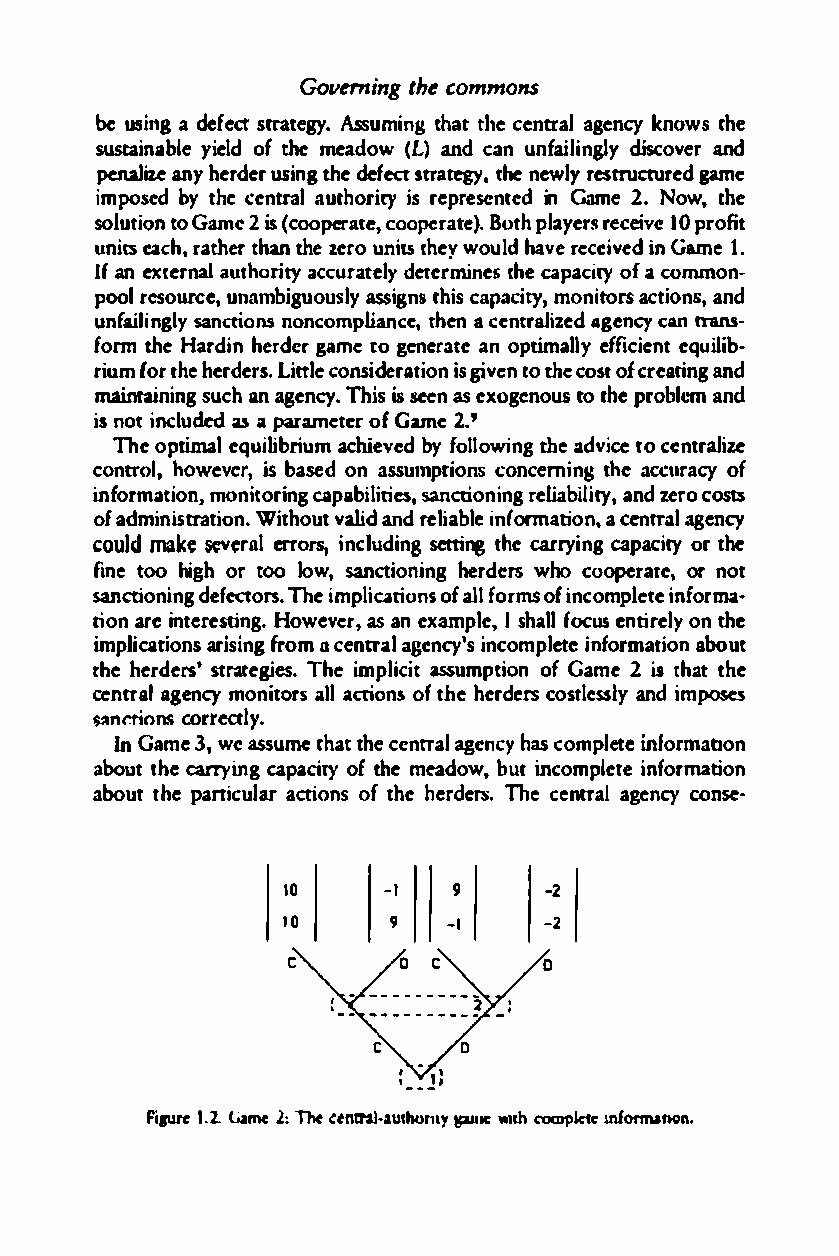
Governing thceo mmons
 be usinagd efesctratt egy.As sumintgh atth cee ntraageln cy knowtsh e
 sustainablyei eo ldf th e meado(w Lan)d canu naifliglny discoveanrd
 pcnaIize any hedreusri nthge d efects rtategy,t he nerwesltruyau redg ame
 imposedb yt hcee ntra la uhtorityi sr epersenteidn G ame2 .N ow,t he
 soltuiotnoG ame2 i (sc ooperatceoo,pe rateB)o.tp hl ayreercse i1v0per ofit
 unietsa hc.r athert han thez eruon ittsh ewyo uldh avreec eie dvi nG ame 1.
 Iafn e xtnealra uthoriatyc cautredleyt ermitnhecae5p aictyo fa c ommon­
 poolr esourcuen,m abiguousaslsyi gntsh icsa pacmiotyn,oi rsta ctioannsd,
 unaiflgilnsayn ctions noncompliancteh.ne a centralaigzeednc cyan trans ­
 formth e Hadrinh edrerga me tog eneraanto ep mtialleyffi cieenqtul iib­
 riufmo trhe h erdeLristt.cl oen dseiratiigisov ne tno th ec osotfc rearianndg
 maintaining suacnha gencyTh.i si sese nas exgoenoust ot hper oblaenmd
 isno ti ncludedas a parametero fG ame2 .'
 The opimtale quliiiburma chievbeydf ollwiongth ea dcveit o c entralize
 contrlo,h oweveisr b,a sedo na ssumptcioonnecsrn nigt hea ccuroafcy
 informati mo on nt. io ricanpgab ilisantictieso,n ingr elibailiatyn,dz ecrosots
 ofa dmintraistio.Wn ithovualitd an d relibalien ofrmationa.ce ntraalg ency
 coludma k se cv c:errraolrs i,cn lduign setting tcar hry e ign ca pacity ort he
 finet oo higohr t oo lowsan,c tionihnegrr dsew hoc ooperaotren ,o t
 sanctionindge ectfors.Th e impliticaonosfal l f oromsf i ncmopleitneof rma­
 tiona rie nterestiHnogw.ev eras, a ne xamplIes .h afloculs e ntirelyo nth e
 implaitcioanrsi sfrionmgII c entraagle ncyi'nsc omeptielfn oramtiaobonu t
 thhe erdstraetrse'gi es Th. e im plicitas sumptioofnG a me2 ist ahtt he
 centraagle nmcyo noirtas lalcti onosf t heh errsd ecostleassnldyi mposes
 $llnr.rinnsc orryec.r l
 InG ame3 ,w eas sume thatth cee ntragaeln chyas c omlpetine' ormabon
 aboutt hcarery ingca pacityo f t hem eadow,b uintc ompleet inofrmation
 about tphanei culaarcti ons tohfeh erdeThrse. centraagle ncocyn se-
 10    -I   !II   -2
 10     9   -I    -2
 Fiaure1 2.. li,amc c:lt:n tralTIlt· authornpalyle wnh compkte mlhOonftna.